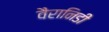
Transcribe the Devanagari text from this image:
वैरानिडी